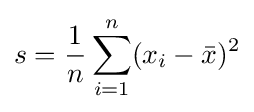
s={\frac {1}{n}}\sum _{i=1}^{n}(x_{i}-{\bar {x}})^{2}